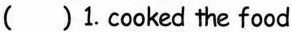
（ ）1.cooked the food